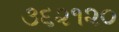
૩૬૨૧૨૦